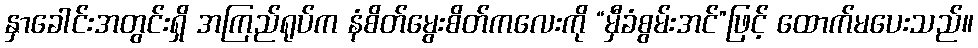
နှာခေါင်းအတွင်းရှိ အကြည်ရုပ်က နံစိတ်မွေးစိတ်ကလေးကို “မှီခံစွမ်းအင်”ဖြင့် ထောက်မပေးသည်။